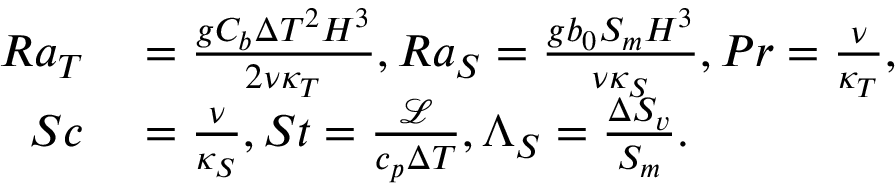
\begin{array} { r l } { R a _ { T } } & { { } = \frac { g C _ { b } \Delta T ^ { 2 } H ^ { 3 } } { 2 \nu \kappa _ { T } } , R a _ { S } = \frac { g b _ { 0 } S _ { m } H ^ { 3 } } { \nu \kappa _ { S } } , P r = \frac { \nu } { \kappa _ { T } } , } \\ { S c } & { { } = \frac { \nu } { \kappa _ { S } } , S t = \frac { \mathcal { L } } { c _ { p } \Delta T } , \Lambda _ { S } = \frac { \Delta S _ { v } } { S _ { m } } . } \end{array}